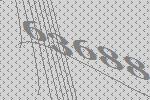
63688